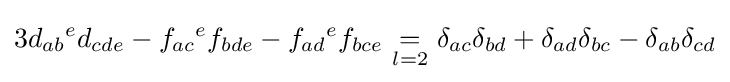
3d_{ab}{}^{e}d_{cde}-f_{ac}{}^{e}f_{bde}-f_{ad}{}^{e}f_{bce}\ {\underset {l=2}{=}}\ \delta _{ac}\delta _{bd}+\delta _{ad}\delta _{bc}-\delta _{ab}\delta _{cd}